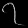
Digit: ၇